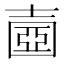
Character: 𡔶